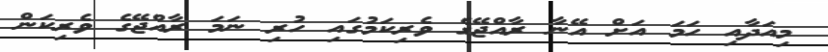
މިއަދާއި ހަމަ އަށް އޭނާ ރާއްޖޭގެ ވެރިކަމުގައި ހުރި ނަމަ ރާއްޖޭގެ ވެރިކަން